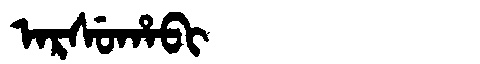
Manchu: ᠠᡵᠰᡠᡥᠠᠪᡳ
Romanization: ARSUHABI